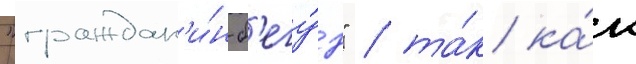
"граждан'и́н-б'егу́н" / та́к ка́к